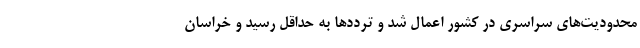
محدودیت‌های سراسری در کشور اعمال شد و ترددها به حداقل رسید و خراسان